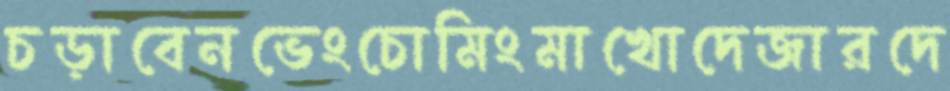
চড়াবেনভেংচোমিংমাখোদেজারদে